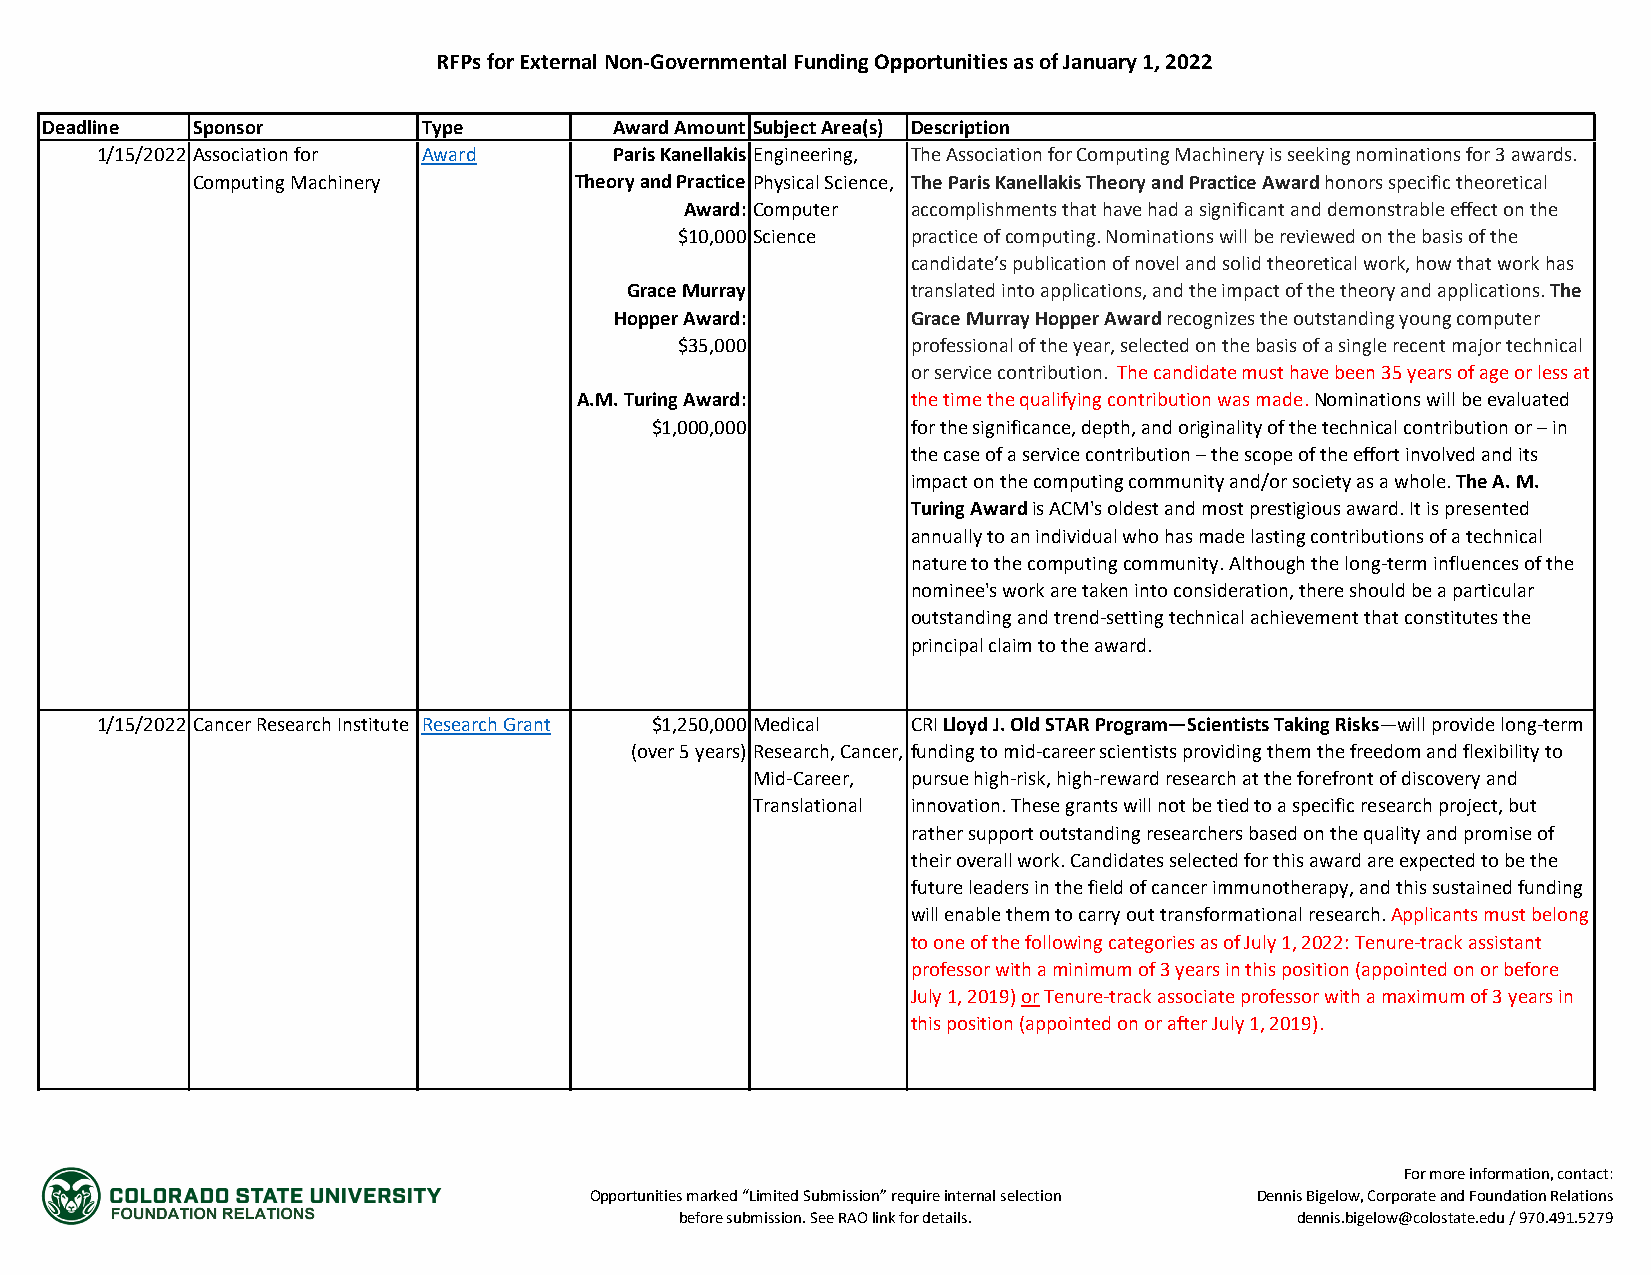
RFPs for External Non-Governmental Funding Opportunities as of January 1, 2022
 Deadline  Sponsor        Type         Award Amount Subject Area(s) Description
 1/15/2022 Association for Award    Paris Kanellakis Engineering, The Association for Computing Machinery is seeking nominations for 3 awards.
 Computing Machinery      Theory and Practice Physical Science, The Paris Kanellakis Theory and Practice Award honors specific theoretical
 Award: Computer accomplishments that have had a significant and demonstrable effect on the
 $10,000 Science practice of computing. Nominations will be reviewed on the basis of the
 candidate’s publication of novel and solid theoretical work, how that work has
 Grace Murray       translated into applications, and the impact of the theory and applications. The
 Hopper Award:      Grace Murray Hopper Award recognizes the outstanding young computer
 $35,000        professional of the year, selected on the basis of a single recent major technical
 or service contribution. The candidate must have been 35 years of age or less at
 A.M. Turing Award:    the time the qualifying contribution was made. Nominations will be evaluated
 $1,000,000       for the significance, depth, and originality of the technical contribution or – in
 the case of a service contribution – the scope of the effort involved and its
 impact on the computing community and/or society as a whole. The A. M.
 Turing Award is ACM's oldest and most prestigious award. It is presented
 annually to an individual who has made lasting contributions of a technical
 nature to the computing community. Although the long-term influences of the
 nominee's work are taken into consideration, there should be a particular
 outstanding and trend-setting technical achievement that constitutes the
 principal claim to the award.
 1/15/2022 Cancer Research Institute Research Grant $1,250,000 Medical CRI Lloyd J. Old STAR Program—Scientists Taking Risks—will provide long-term
 (over 5 years) Research, Cancer, funding to mid-career scientists providing them the freedom and flexibility to
 Mid-Career, pursue high-risk, high-reward research at the forefront of discovery and
 Translational innovation. These grants will not be tied to a specific research project, but
 rather support outstanding researchers based on the quality and promise of
 their overall work. Candidates selected for this award are expected to be the
 future leaders in the field of cancer immunotherapy, and this sustained funding
 will enable them to carry out transformational research. Applicants must belong
 to one of the following categories as of July 1, 2022: Tenure-track assistant
 professor with a minimum of 3 years in this position (appointed on or before
 July 1, 2019) or Tenure-track associate professor with a maximum of 3 years in
 this position (appointed on or after July 1, 2019).
 For more information, contact:
 Opportunities marked “Limited Submission” require internal selection Dennis Bigelow, Corporate and Foundation Relations
 before submission. See RAO link for details. dennis.bigelow@colostate.edu / 970.491.5279